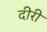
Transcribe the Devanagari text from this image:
दीरी